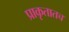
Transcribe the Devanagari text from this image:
प्राकृतातच